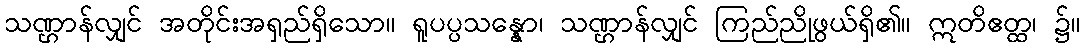
သဏ္ဌာန်လျှင် အတိုင်းအရှည်ရှိသော။ ရူပပ္ပသန္နော၊ သဏ္ဌာန်လျှင် ကြည်ညိုဖွယ်ရှိ၏။ ဣတိဧတ္ထ၊ ၌။